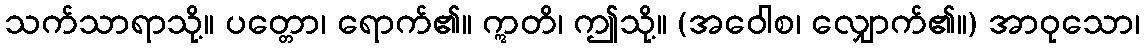
သက်သာရာသို့။ ပတ္တော၊ ရောက်၏။ ဣတိ၊ ဤသို့။ (အဝေါစ၊ လျှောက်၏။) အာဝုသော၊